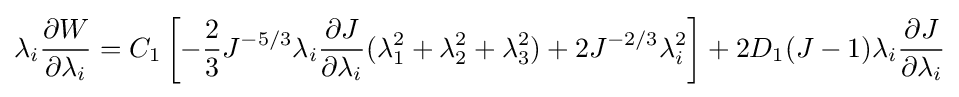
\lambda _{i}{\frac {\partial W}{\partial \lambda _{i}}}=C_{1}\left[-{\frac {2}{3}}J^{-5/3}\lambda _{i}{\frac {\partial J}{\partial \lambda _{i}}}(\lambda _{1}^{2}+\lambda _{2}^{2}+\lambda _{3}^{2})+2J^{-2/3}\lambda _{i}^{2}\right]+2D_{1}(J-1)\lambda _{i}{\frac {\partial J}{\partial \lambda _{i}}}